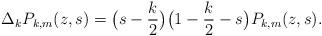
LaTeX: \begin{align*}\Delta_k P_{k,m}(z,s) = \bigl(s-\frac{k}{2}\bigr)\bigl(1-\frac{k}{2}-s\bigr)P_{k,m}(z,s).\end{align*}